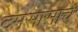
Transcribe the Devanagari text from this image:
दमसासाचे